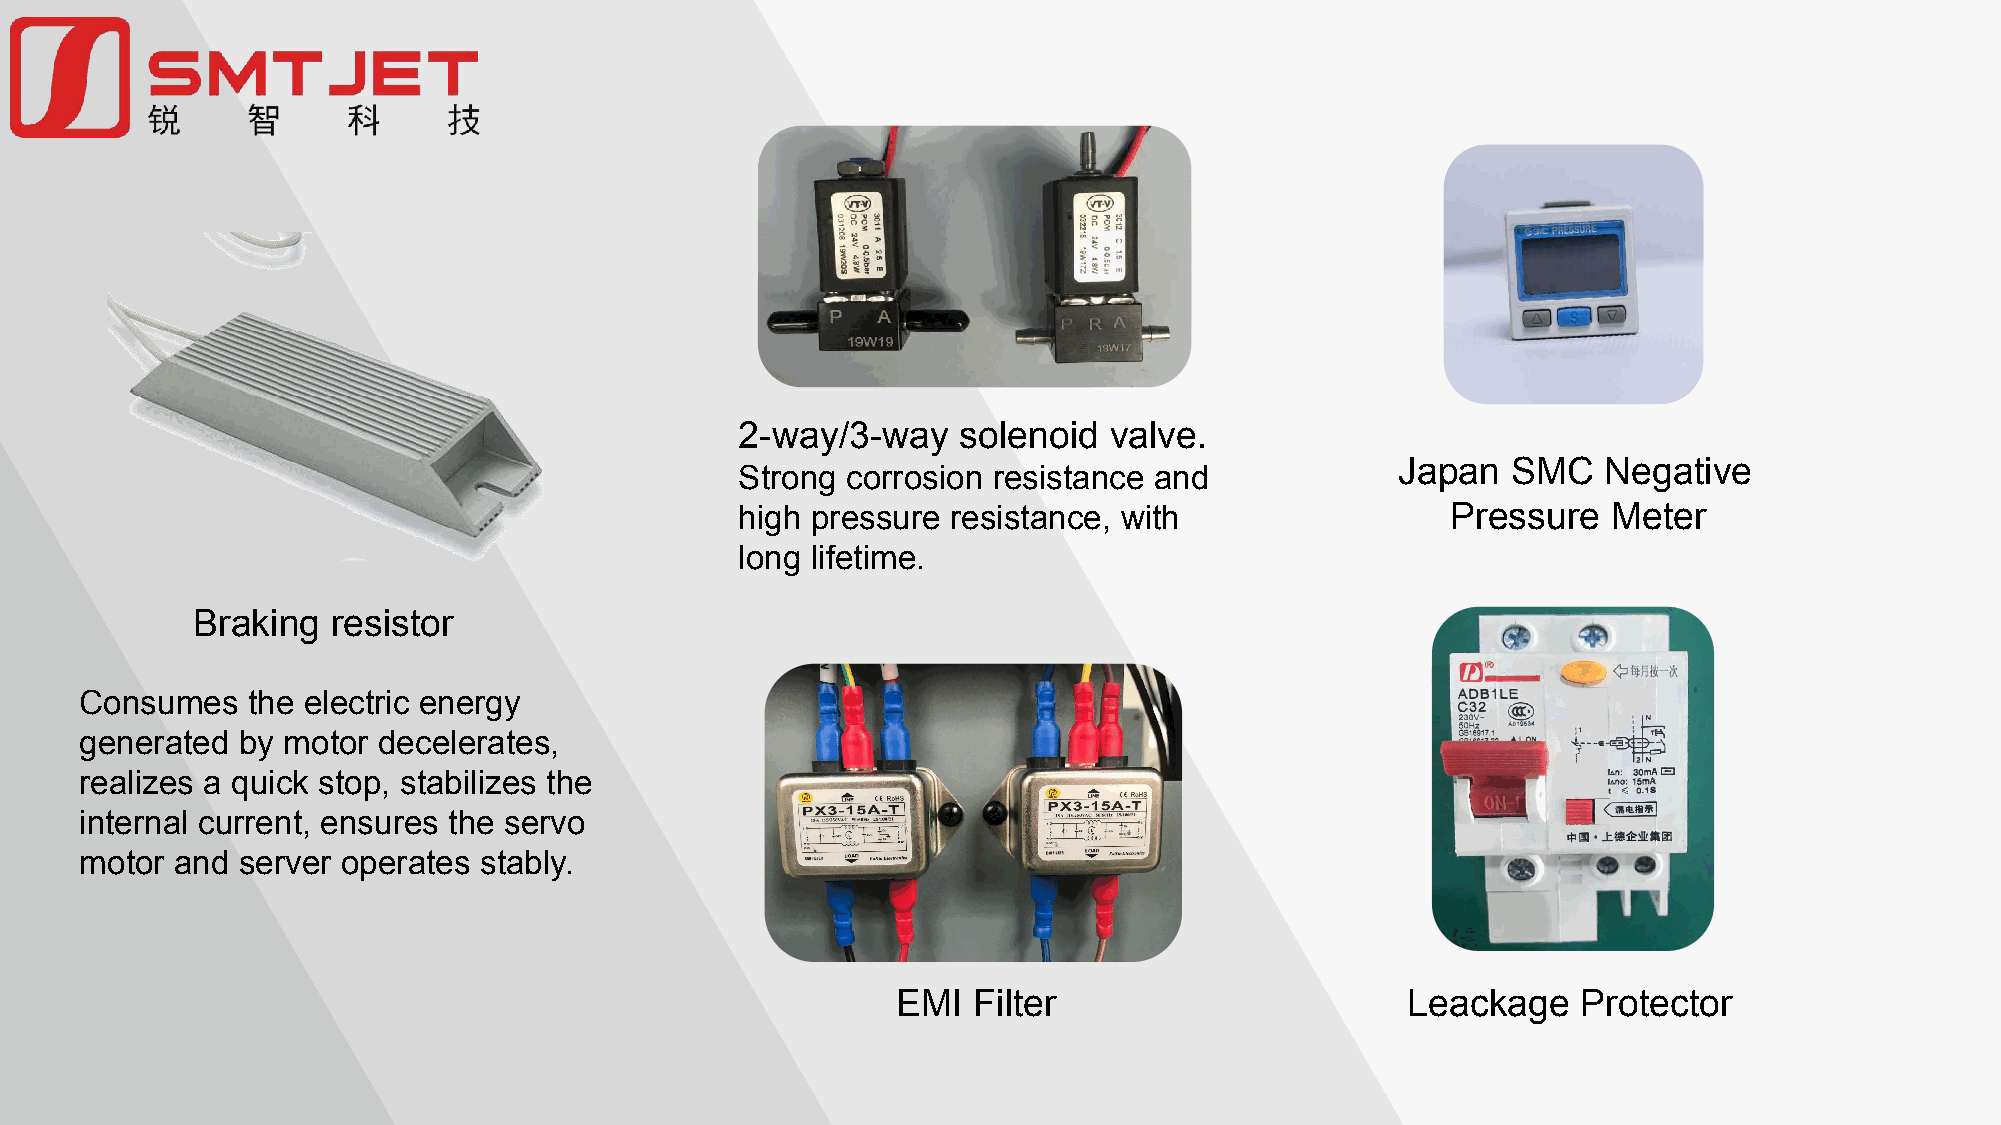
2-way/3-way   solenoid  valve.
 Japan  SMC   Negative
 Strong corrosion resistance and
 high pressure resistance, with                 Pressure   Meter
 long lifetime.
 Braking  resistor
 Consumes   the electric energy
 generated  by motor decelerates,
 realizes a quick stop, stabilizes the
 internal current, ensures the servo
 motor  and server operates stably.
 EMI  Filter                       Leackage    Protector